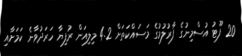
20 ފޫޓު އުސްމިނުގެ ފާރުލުމުގެ މަަސައްކަތަށް 4.2 މިލިއަން ރުފިޔާ ހަރަދުވާނެ ކަމަށާއި